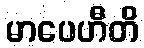
မာပေဟီတိ